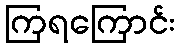
ကြရကြောင်း